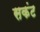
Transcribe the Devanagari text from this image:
सकंट